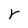
Character: r